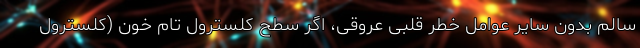
سالم بدون سایر عوامل خطر قلبی عروقی، اگر سطح کلسترول تام خون (کلسترول